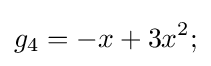
g_{4}=-x+3x^{2};